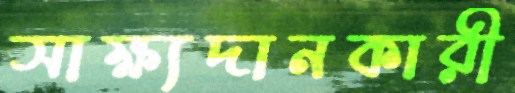
সাক্ষ্যদানকারী